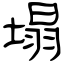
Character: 塌